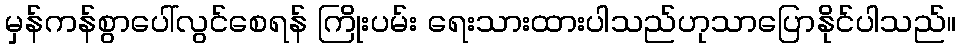
မှန်ကန်စွာပေါ်လွင်စေရန် ကြိုးပမ်း ရေးသားထားပါသည်ဟုသာပြောနိုင်ပါသည်။